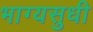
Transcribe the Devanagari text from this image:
भाग्यसुधी